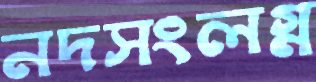
নদসংলগ্ন